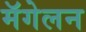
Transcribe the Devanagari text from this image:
मॅगेलन